Civil Veterinary Department Bihar reports 1936-40 - 1936-1940
Year: 1936
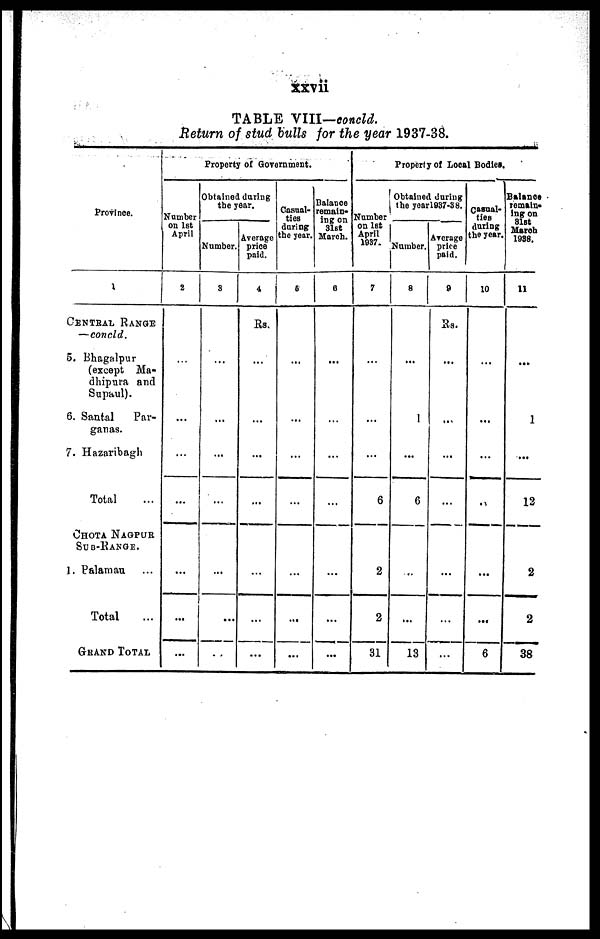
xxvii
TABLE VIII—concld.
Return of stud bulls for the year 1937-38.
Province.
1
CENTRAL RANGE
—concld.
5. Bhagalpur
(except Ma-
dhipura and
Supaul).
6. Santal
Par-
ganas.
7. Hazaribagh
Total ...
CHOTA NAGPUR
SUB-RANGE.
1. Palamau ...
Total ...
GRAND TOTAL
Property of Government.
Number
on 1st
April
2
...
...
...
...
...
...
...
Obtained during
the year.
Number.
3
...
...
...
...
...
...
...
Average
price
paid.
4
Rs.
...
...
...
...
...
...
...
Casual-
ties
during
the year.
5
...
...
...
....
...
...
...
Balance
remain-
ing on
31st
March.
6
...
...
...
...
...
...
...
Property of Local Bodies.
Namber
on let
April
1937.
7
...
...
...
6
2
2
31
Obtained during
the year 1937-38.
Number.
8
...
1
...
6
...
...
13
Average
price
paid.
9
Rs.
...
...
...
...
...
...
...
Casual-
ties
during
the year.
10
...
...
...
..
...
...
6
Balance
remain-
ing on
31st
March
1938.
11
...
1
...
12
2
2
38